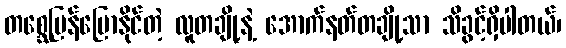
တစ္ဆေပြန်ပြောနိုင်တဲ့ လူတချို့နဲ့ အောက်နတ်တချို့သာ သိခွင့်ရှိပါတယ်၊